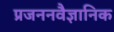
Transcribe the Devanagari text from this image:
प्रजननवैज्ञानिक